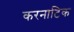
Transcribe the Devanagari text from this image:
करनाटिक